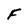
Character: F